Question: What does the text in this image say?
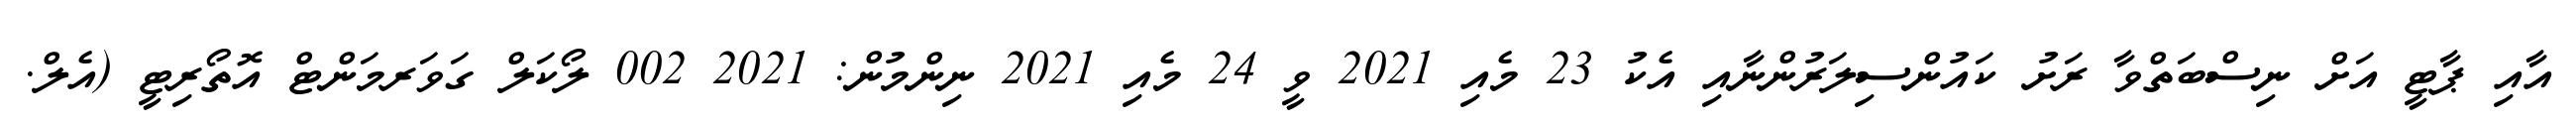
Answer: އާއި ޕާޓީ އަށް ނިސްބަތްވާ ރަށު ކައުންސިލަރުންނާއި އެކު 23 މެއި 2021 ވީ 24 މެއި 2021 ނިންމުން: 2021 002 ލޯކަލް ގަވަރމަންޓް އޮތޯރިޓީ (އެލް.